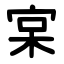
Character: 宲